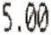
5.00